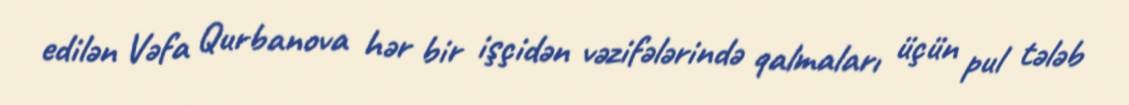
edilən Vəfa Qurbanova hər bir işçidən vəzifələrində qalmaları üçün pul tələb